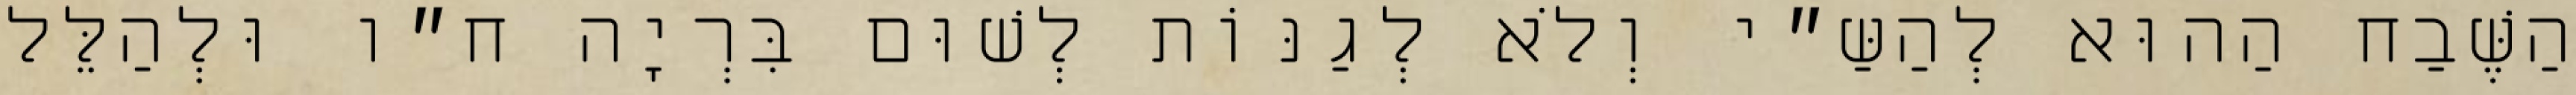
הַשֶּׁבַח הַהוּא לְהַשַּ״י וְלֹא לְגַנּוֹת לְשׁוּם בִּרְיָה ח״ו וּלְהַלֵּל